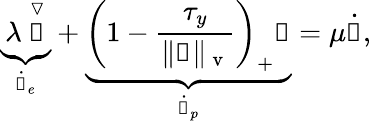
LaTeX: \underbrace{\lambda~\overset{\triangledown}{\boldsymbol{\uptau}}}_{\dot{\boldsymbol{\upgamma}}_{e}}+\underbrace{\left(1-\frac{\tau_{y}}{\Vert\boldsymbol{\uptau}\Vert_{\mathrm{~v~}}}\right)_{+}\boldsymbol{\uptau}}_{\dot{\boldsymbol{\upgamma}}_{p}}=\mu\dot{\boldsymbol{\upgamma}},